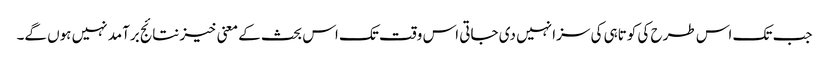
جب تک اس طرح کی کوتاہی کی سزا نہیں دی جاتی اس وقت تک اس بحث کے معنی خیز نتائج برآمد نہیں ہوں گے۔